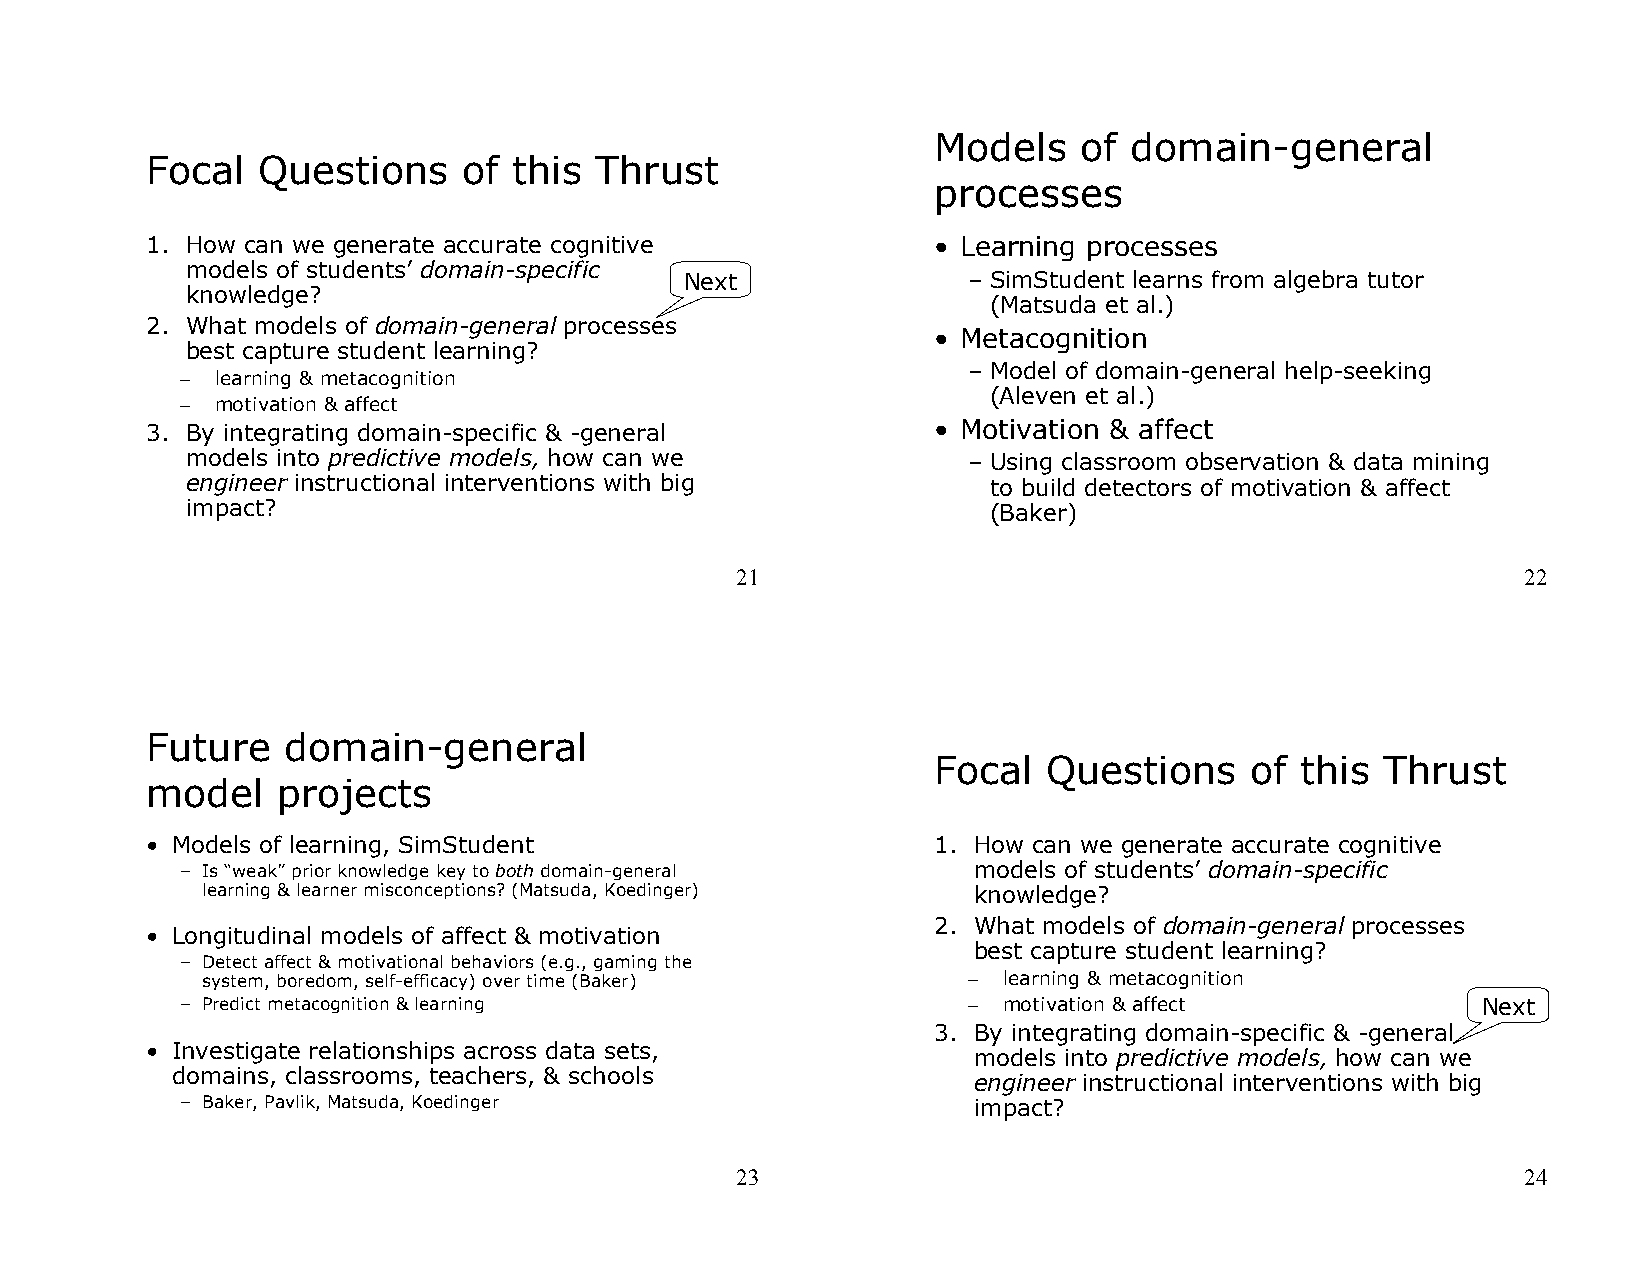
Models   of  domain-general
 Focal  Questions     of this Thrust
 processes
 1. How can we generate accurate cognitive           • Learning processes
 models of students’ domain-specific
 Next               – SimStudent learns from algebra tutor
 knowledge?
 (Matsuda et al.)
 2. What models of domain-general processes
 • Metacognition
 best capture student learning?
 – Model of domain-general help-seeking
 – learning & metacognition
 (Aleven et al.)
 – motivation & affect
 3. By integrating domain-specific & -general        • Motivation & affect
 models into predictive models, how can we           – Using classroom observation & data mining
 engineer instructional interventions with big         to build detectors of motivation & affect
 impact?                                               (Baker)
 21                                                  22
 Future   domain-general
 Focal  Questions     of this  Thrust
 model   projects
 • Models of learning, SimStudent                    1. How can we generate accurate cognitive
 – Is “weak” prior knowledge key to both domain-general models of students’ domain-specific
 learning & learner misconceptions? (Matsuda, Koedinger) knowledge?
 2. What models of domain-general processes
 • Longitudinal models of affect & motivation
 best capture student learning?
 – Detect affect & motivational behaviors (e.g., gaming the
 system, boredom, self-efficacy) over time (Baker)  – learning & metacognition
 – Predict metacognition & learning                  – motivation & affect             Next
 3. By integrating domain-specific & -general
 • Investigate relationships across data sets,
 models into predictive models, how can we
 domains, classrooms, teachers, & schools
 engineer instructional interventions with big
 – Baker, Pavlik, Matsuda, Koedinger                 impact?
 23                                                  24